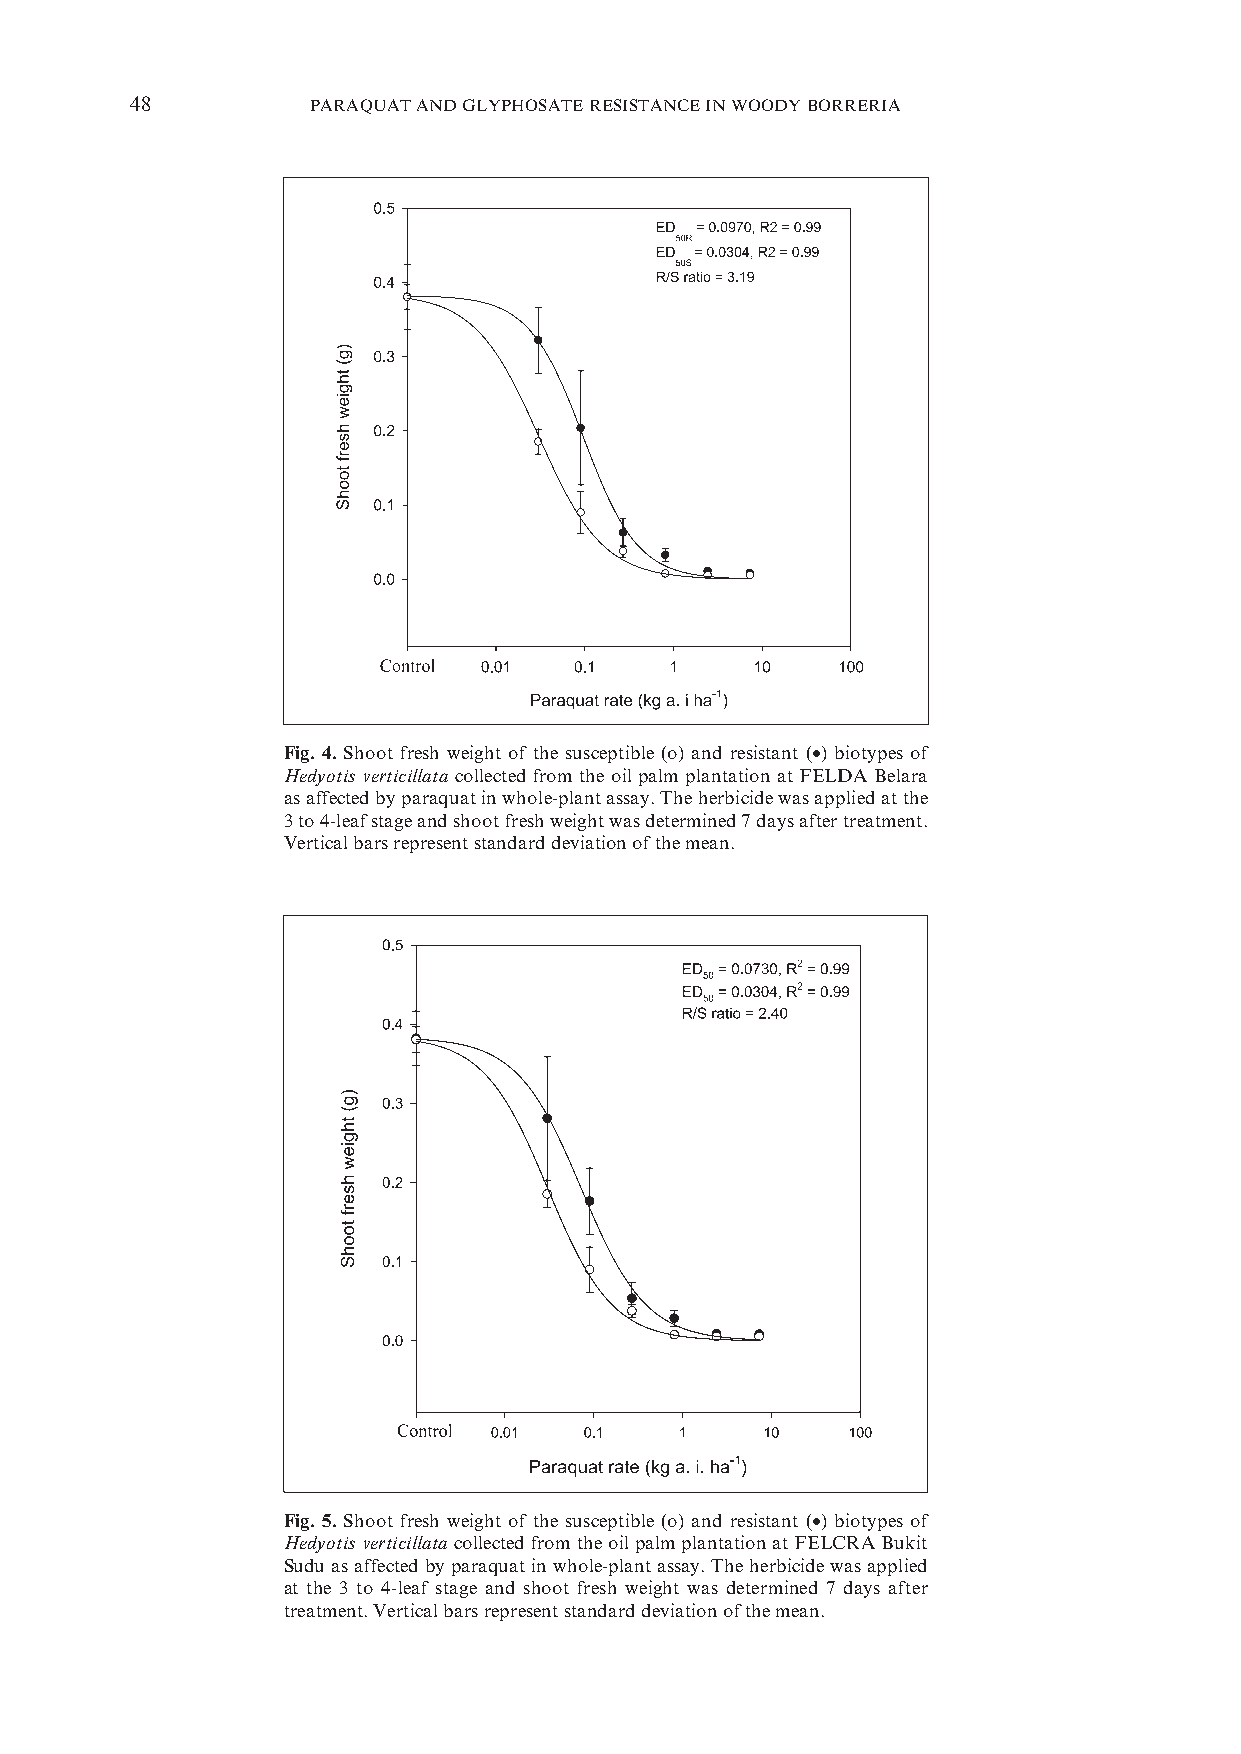
48          PARAQUAT AND GLYPHOSATE RESISTANCE IN WOODY BORRERIA
 Fig. 4. Shoot fresh weight of the susceptible (o) and resistant (•) biotypes of
 Hedyotis verticillata collected from the oil palm plantation at FELDA Belara
 as affected by paraquat in whole-plant assay. The herbicide was applied at the
 3 to 4-leaf stage and shoot fresh weight was determined 7 days after treatment.
 Vertical bars represent standard deviation of the mean.
 Fig. 5. Shoot fresh weight of the susceptible (o) and resistant (•) biotypes of
 Hedyotis verticillata collected from the oil palm plantation at FELCRA Bukit
 Sudu as affected by paraquat in whole-plant assay. The herbicide was applied
 at the 3 to 4-leaf stage and shoot fresh weight was determined 7 days after
 treatment. Vertical bars represent standard deviation of the mean.